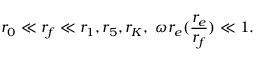
r _ { 0 } \ll r _ { f } \ll r _ { 1 } , r _ { 5 } , r _ { K } , \ \omega r _ { e } ( \frac { r _ { e } } { r _ { f } } ) \ll 1 .